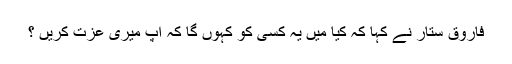
فاروق ستار نے کہا کہ کیا میں یہ کسی کو کہوں گا کہ آپ میری عزت کریں ؟